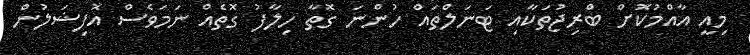
މިއީ އާއްމުކޮށް ބްރިޖުތަކާއި ޓަނަލްތައް ހުންނަ ގޮތާ ހިލާފު ގޮތެއް ނަމަވެސް އޮފިޝަލުން